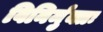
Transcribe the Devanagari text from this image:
विनिर्मुक्तः